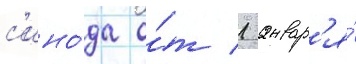
с'ино́да о́т 1 январ'я́